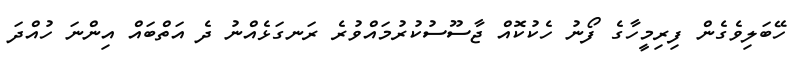
ހޭބަލިވެގެން ފިރިމީހާގެ ފޯނު ހެކުކޮއް ޖާސޫސުކުރުމައްވުރެ ރަނގަޅެއްނު ދެ އަތްބައް އިންނަ ހުއްދަ